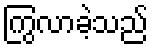
ကြွလာခဲ့သည်